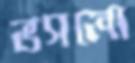
ভসলো